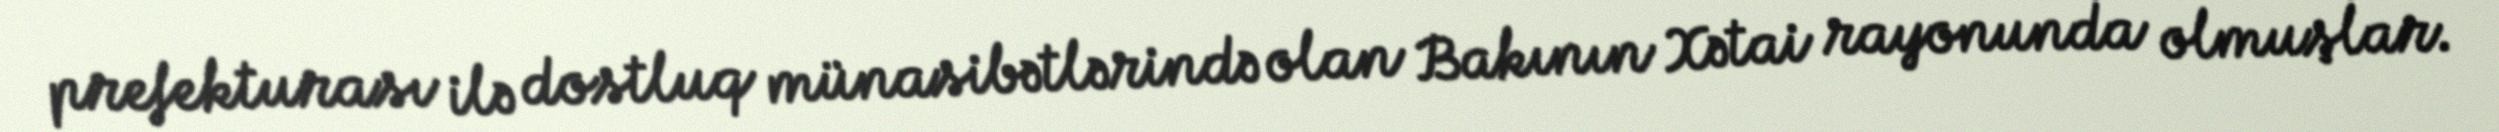
prefekturası ilə dostluq münasibətlərində olan Bakının Xətai rayonunda olmuşlar.